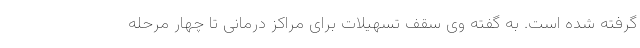
گرفته شده است. به گفته وی سقف تسهیلات برای مراکز درمانی تا چهار مرحله